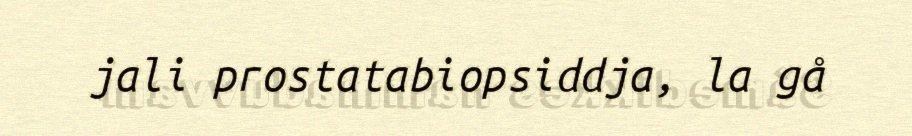
jali prostatabiopsiddja, la gå